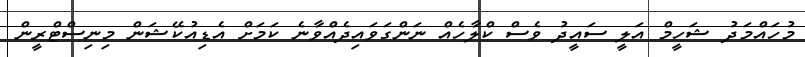
މުހައްމަދު ޝަހީމް އަލީ ސައީދު ވެސް ކްލާހެއް ނަންގަވައިދެއްވާނެ ކަމަށް އެޑިއުކޭޝަން މިނިސްޓްރީން